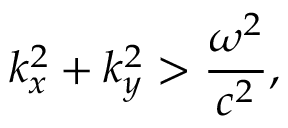
k _ { x } ^ { 2 } + k _ { y } ^ { 2 } > { \frac { \omega ^ { 2 } } { c ^ { 2 } } } ,